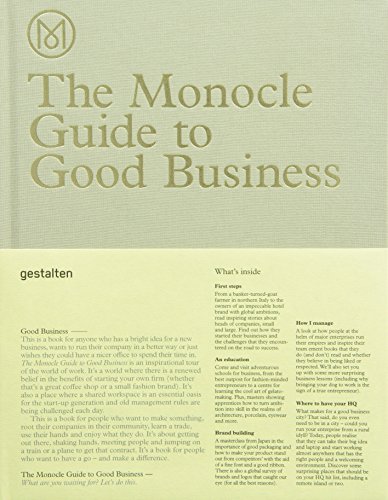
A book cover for The Monocle Guide to Good Business; Monocle; Business & Money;